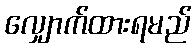
လျှောက်ထားရမည်